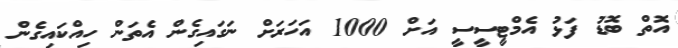
އޮތް ބޮޑު ފަޅު އެމްޓީސީސީ އަށް 1000 އަހަރަށް ނަގައިގެން އެތަން ހިއްކައިގެން